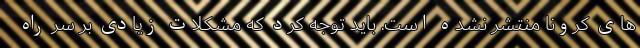
های کرونا منتشر نشده است. باید توجه کرد که مشکلات زیادی بر سر راه